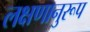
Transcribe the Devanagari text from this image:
लक्षणानुरूप